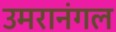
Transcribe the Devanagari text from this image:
उमरानंगल